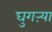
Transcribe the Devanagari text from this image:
घुगऱ्या